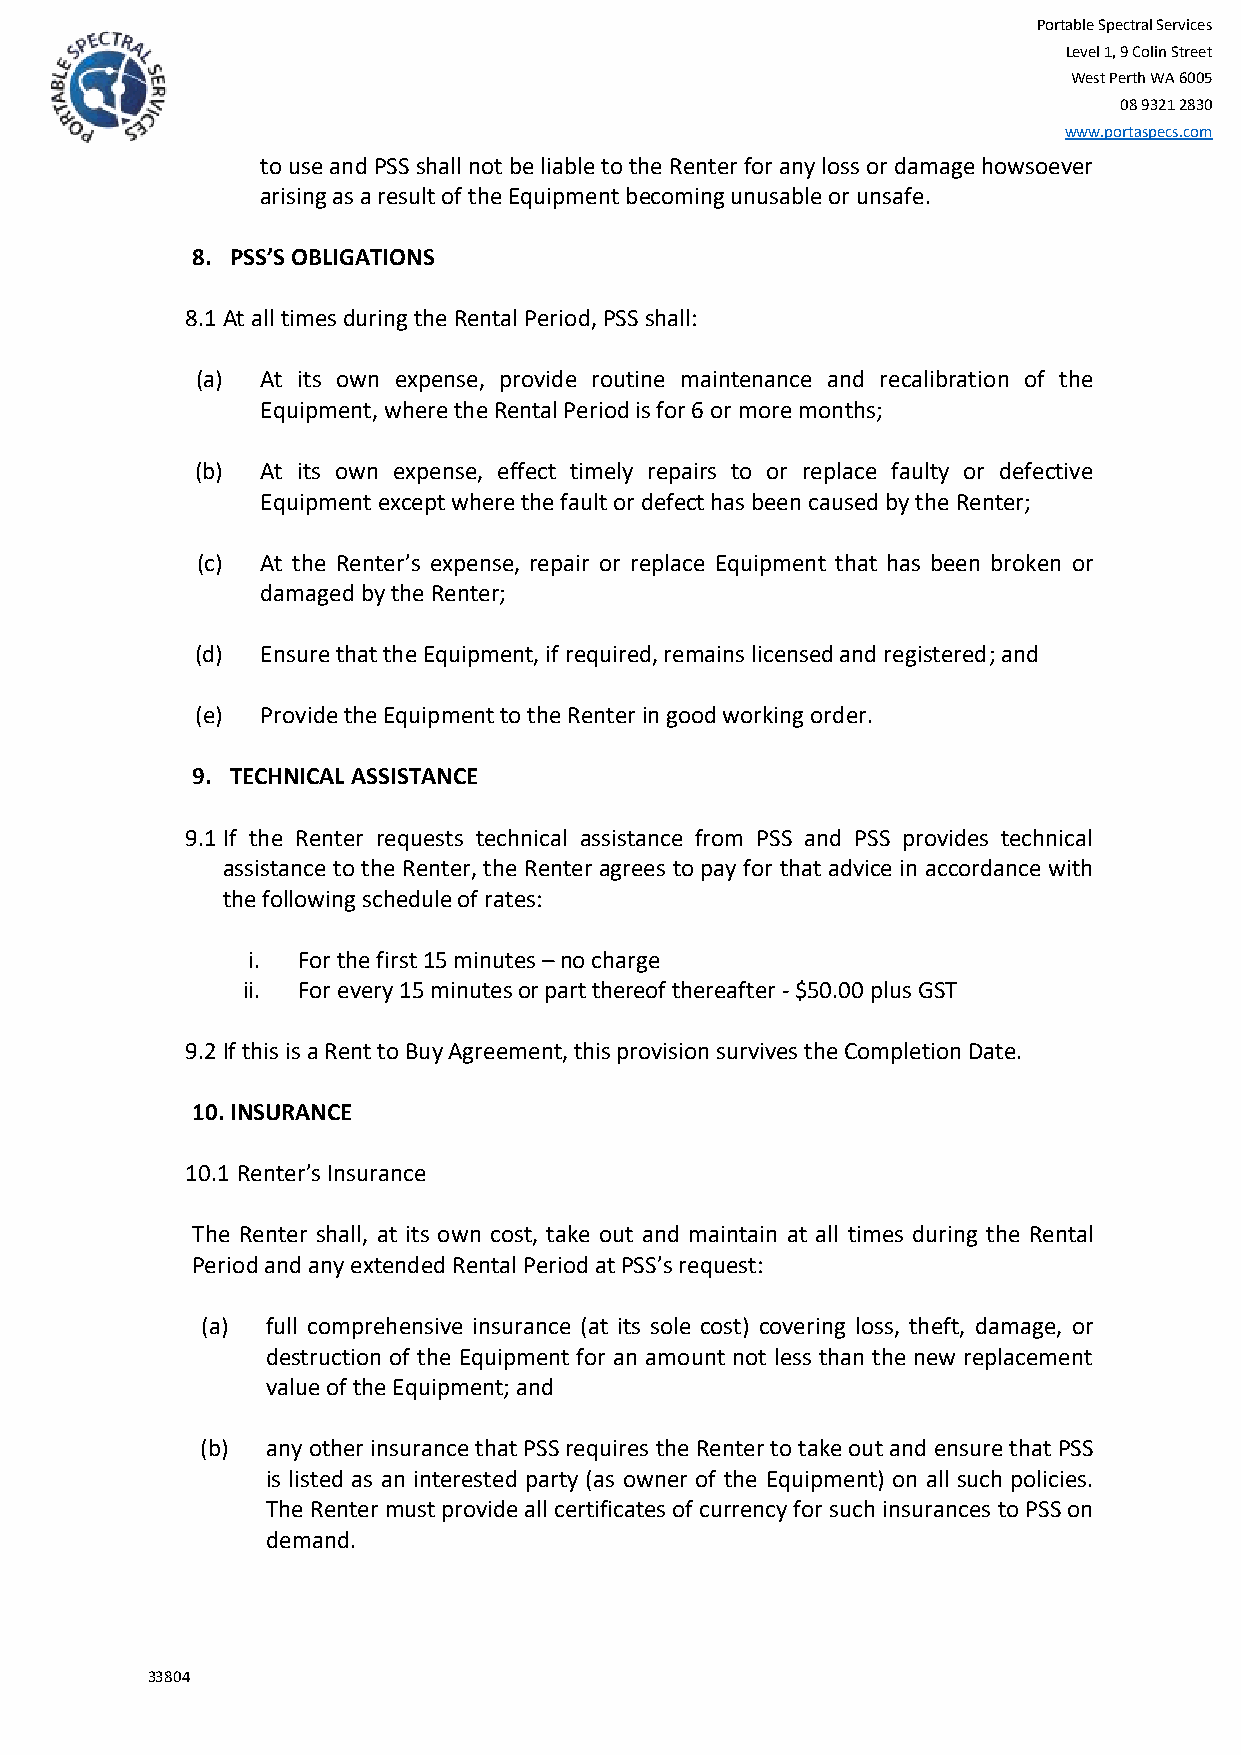
Portable Spectral Services
 Level 1, 9 Colin Street
 West Perth WA 6005
 08 9321 2830
 www.portaspecs.com
 to use and PSS shall not be liable to the Renter for any loss or damage howsoever
 arising as a result of the Equipment becoming unusable or unsafe.
 8. PSS’S OBLIGATIONS
 8.1 At all times during the Rental Period, PSS shall:
 (a) At its own expense, provide routine maintenance and recalibration of the
 Equipment, where the Rental Period is for 6 or more months;
 (b) At its own expense, effect timely repairs to or replace faulty or defective
 Equipment except where the fault or defect has been caused by the Renter;
 (c) At the Renter’s expense, repair or replace Equipment that has been broken or
 damaged by the Renter;
 (d) Ensure that the Equipment, if required, remains licensed and registered; and
 (e) Provide the Equipment to the Renter in good working order.
 9. TECHNICAL ASSISTANCE
 9.1 If the Renter requests technical assistance from PSS and PSS provides technical
 assistance to the Renter, the Renter agrees to pay for that advice in accordance with
 the following schedule of rates:
 i.  For the first 15 minutes – no charge
 ii. For every 15 minutes or part thereof thereafter - $50.00 plus GST
 9.2 If this is a Rent to Buy Agreement, this provision survives the Completion Date.
 10. INSURANCE
 10.1 Renter’s Insurance
 The Renter shall, at its own cost, take out and maintain at all times during the Rental
 Period and any extended Rental Period at PSS’s request:
 (a)  full comprehensive insurance (at its sole cost) covering loss, theft, damage, or
 destruction of the Equipment for an amount not less than the new replacement
 value of the Equipment; and
 (b)  any other insurance that PSS requires the Renter to take out and ensure that PSS
 is listed as an interested party (as owner of the Equipment) on all such policies.
 The Renter must provide all certificates of currency for such insurances to PSS on
 demand.
 33804